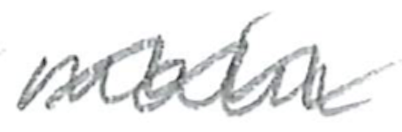
Text: main
Cross-out: wave
Writing tool: pencil